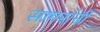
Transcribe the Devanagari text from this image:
सागरांनी